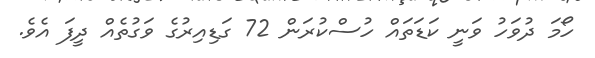
ހޯމަ ދުވަހު ވަނީ ކަޑަތައް ހުސްކުރަން 72 ގަޑިއިރުގެ ވަގުތެއް ދީފަ އެވެ.